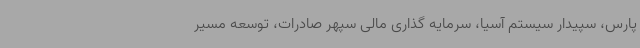
پارس، سپیدار سیستم آسیا، سرمایه گذاری مالی سپهر صادرات، توسعه مسیر